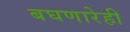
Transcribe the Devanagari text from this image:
बघणारेही